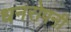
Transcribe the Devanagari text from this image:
धनरोपनी